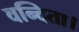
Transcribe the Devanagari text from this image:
वन्दिता।